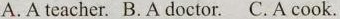
A. A teacher. B.A doctor.C.A cook.